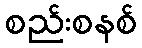
စည်းစနစ်